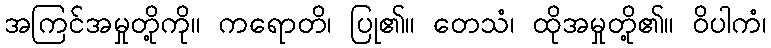
အကြင်အမှုတို့ကို။ ကရောတိ၊ ပြု၏။ တေသံ၊ ထိုအမှုတို့၏။ ဝိပါကံ၊